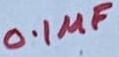
Text: 0.1µF